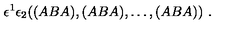
\epsilon ^ { 1 } \epsilon _ { 2 } ( ( A B A ) , ( A B A ) , \dots , ( A B A ) ) \ .